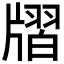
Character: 𤗨